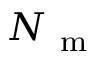
N _ { \mathrm { ~ m ~ } }